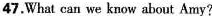
47.What can we know about Amy?